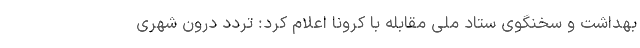
بهداشت و سخنگوی ستاد ملی مقابله با کرونا اعلام کرد:‌ تردد درون شهری